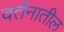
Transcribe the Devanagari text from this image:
वर्तनातील